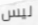
ليس